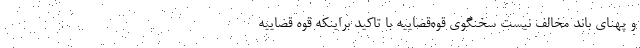
و پهنای باند مخالف نیست سخنگوی قوه‌قضاییه با تاکید براینکه قوه قضاییه